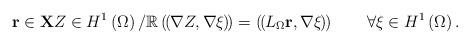
LaTeX: \begin{align*}\mathbf{r}\in\mathbf{X}Z\in H^{1}\left(\Omega\right) /\mathbb{R}\left(\kern-.1em\left(\kern-.1em\nabla Z,\nabla\xi\kern-.1em\right)\kern-.1em\right) =\left(\kern-.1em\left(\kern-.1emL_{\Omega}\mathbf{r},\nabla\xi\kern-.1em\right)\kern-.1em\right) \qquad\forall\xi\in H^{1}\left( \Omega\right) . \end{align*}